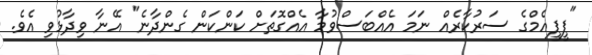
"ޕީޕީއެމްގެ ސަރުކާރެއް ނަމަ އެއްބަސްވުމާ އެއްގޮތަށް ކަންކަން ގެންދާނެ" އޭނާ ވިދާޅުވި އެވެ.